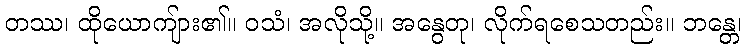
တဿ၊ ထိုယောကျ်ား၏။ ဝသံ၊ အလိုသို့။ အနွေတု၊ လိုက်ရစေသတည်း။ ဘန္တေ၊